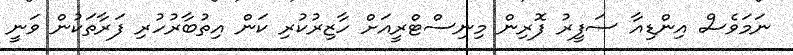
ނަމަވެސް އިންޑިއާ ސަފީރު ފޮރިން މިނިސްޓްރީއަށް ހާޒިރުކުރި ކަން އިތުބާރުހުރި ފަރާތަކުން ވަނީ